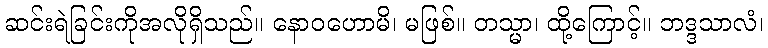
ဆင်းရဲခြင်းကိုအလိုရှိသည်။ နောဝဟောမိ၊ မဖြစ်။ တသ္မာ၊ ထို့ကြောင့်။ ဘဒ္ဒသာလံ၊